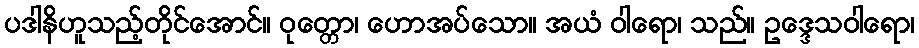
ပဒါနိဟူသည့်တိုင်အောင်။ ဝုတ္တော၊ ဟောအပ်သော။ အယံ ဝါရော၊ သည်။ ဥဒ္ဒေသဝါရော၊